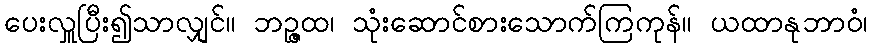
ပေးလှူပြီး၍သာလျှင်။ ဘဉ္ဇထ၊ သုံးဆောင်စားသောက်ကြကုန်။ ယထာနုဘာဝံ၊